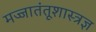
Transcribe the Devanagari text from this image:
मज्जातंतूशास्त्रज्ञ